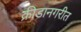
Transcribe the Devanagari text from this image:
क्रीडानगरीत